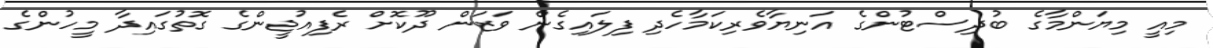
މިއީ މިޔަންމާގެ ބުދިސްޓުންގެ އަނިޔާވެރިކަމާހެދި ފިލައިގެން ވަޒަން ދޫކޮށް ރެފިއުޖީންގެ ގޮތުގައިދާ މީހުންގެ